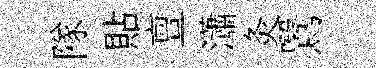
隊貼亶瀟灸鷖